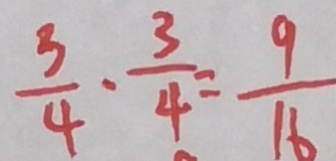
\frac { 3 } { 4 } \cdot \frac { 3 } { 4 } = \frac { 9 } { 1 6 }